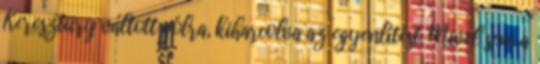
Keresztury váltott gólra, kiharcolva az egyenlítést. Mivel sem a